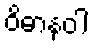
ဝိဓာနဝါ